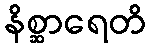
နိစ္ဆာရေတိ